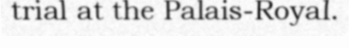
trial at the Palais-Royal.